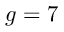
g = 7